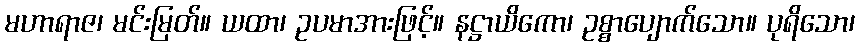
မဟာရာဇ၊ မင်းမြတ်။ ယထာ၊ ဥပမာအားဖြင့်။ နဋ္ဌာယိကော၊ ဥစ္စာပျောက်သော။ ပုရိသော၊